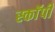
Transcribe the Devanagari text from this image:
स्काॅर्पी